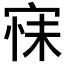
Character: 𭓺